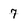
Character: 7